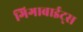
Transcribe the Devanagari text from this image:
गिगाबाईट्स